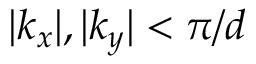
| k _ { x } | , | k _ { y } | < \pi / d